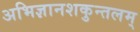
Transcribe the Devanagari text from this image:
अभिज्ञानशकुन्तलम्